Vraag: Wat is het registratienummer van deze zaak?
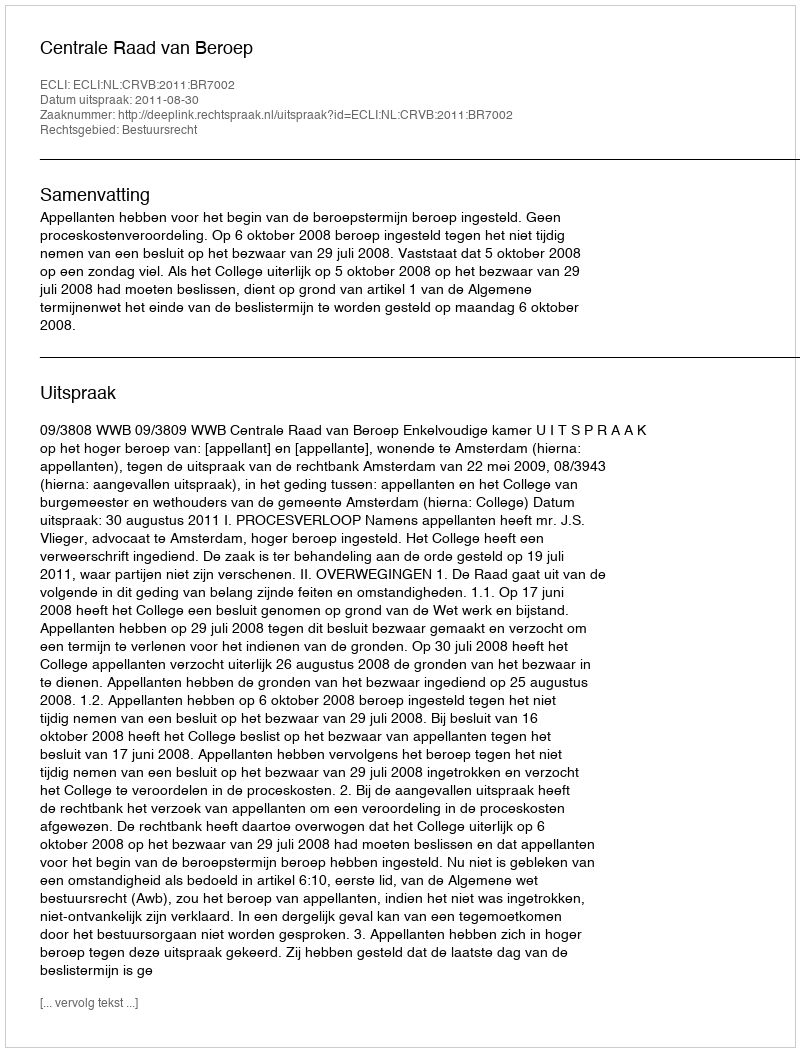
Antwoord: http://deeplink.rechtspraak.nl/uitspraak?id=ECLI:NL:CRVB:2011:BR7002